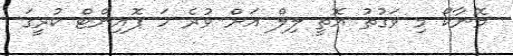
މޮނާކޯ މި ވަގުތު އޮތީ ލިލް އަށް ވުރެ ހަ ޕޮއިންޓް ކުރީގަ